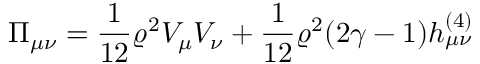
\Pi _ { \mu \nu } = \frac { 1 } { 1 2 } \varrho ^ { 2 } V _ { \mu } V _ { \nu } + \frac { 1 } { 1 2 } \varrho ^ { 2 } ( 2 \gamma - 1 ) h _ { \mu \nu } ^ { ( 4 ) }